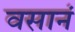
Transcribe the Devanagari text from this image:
वसानं